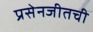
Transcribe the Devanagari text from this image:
प्रसेनजीतची